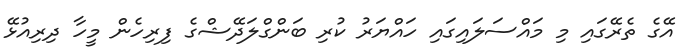
އޭގެ ތެރޭގައި މި މައްސަލައިގައި ހައްޔަރު ކުރި ބަންގްލަދޭޝްގެ ފިރިހެން މީހާ ދިރިއުޅޭ